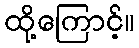
ထို့ကြောင့်။